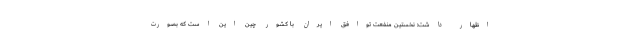
اظهار داشت: نخستین منفعت توافق ایران با کشور چین این است که بصورت